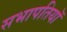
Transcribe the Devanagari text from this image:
सभापतियॉ